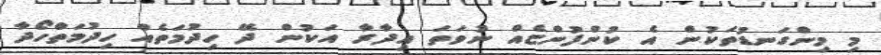
މި މިންގަނޑުތަކުން އެ ކުންފުންޏެއް ނުވަތަ އިދާރާ އަކުން ދޭ ހިދުމަތެއް ހިދުމަތްހޯދާ